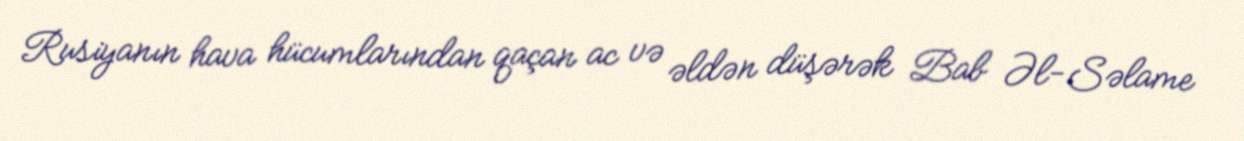
Rusiyanın hava hücumlarından qaçan ac və əldən düşərək Bab Əl-Səlame